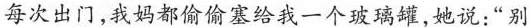
每次出门,我妈都偷偷塞给我一个玻璃罐,她说:“别